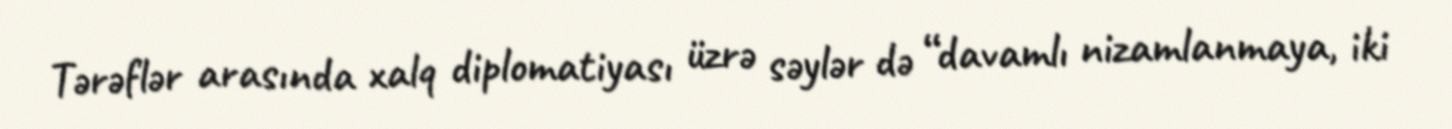
Tərəflər arasında xalq diplomatiyası üzrə səylər də “davamlı nizamlanmaya, iki